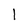
Character: 1